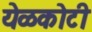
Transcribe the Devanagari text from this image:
येळकोटी